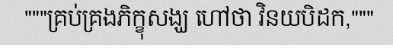
"""គ្រប់គ្រងភិក្ខុសង្ឃ ហៅថា វិនយបិដក,"""